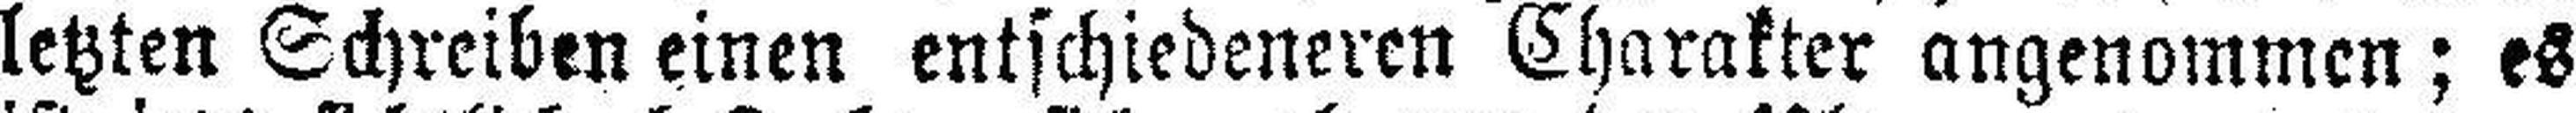
letzten Schreiben einen entschiedeneren Charakter angenommen; es